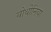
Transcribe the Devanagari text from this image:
बोथीनिया